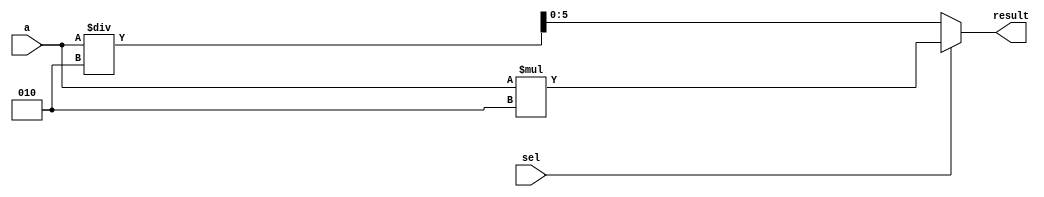
module MultiplierDivider_1210708 #(parameter n =4) (input signed [n:0] a,
                           input sel,
                           output reg signed [n+1:0] result);
     //A module that multiply or divide a number by 2  based on selection     
	always @* begin
		if (sel == 0) 
			result = a /2; //divide the number by 2 if the selection is zero
		else 
			result = a * 2;//multiply the number by 2 if the selection is zero
	end

endmodule